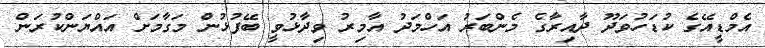
އެމްޑީއޭގެ ކުޑަހުވަދޫ ދާއިރާގެ މެންބަރު އަހްމަދު އާމިރު ވިދާޅުވީ ބޭފުޅުން މަގާމަށް އައްޔަންކުރަން